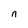
Character: n